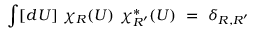
\int [ d U ] ~ \chi _ { R } ( U ) ~ \chi _ { R ^ { \prime } } ^ { * } ( U ) ~ = ~ \delta _ { R , R ^ { \prime } }